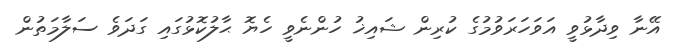
އޭނާ ވިދާޅުވީ އަވަހަރަވުމުގެ ކުރިން ޝައިޚު ހުންނެވީ ހެޔޮ ޙާލުކޮޅުގައި ގަދަވެ ސަލާމަތުން